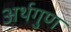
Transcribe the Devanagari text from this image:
अर्थगुण